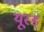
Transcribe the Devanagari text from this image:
यूस्ड